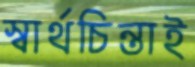
স্বার্থচিন্তাই